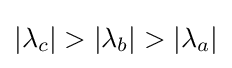
|\lambda _{c}|>|\lambda _{b}|>|\lambda _{a}|